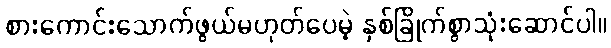
စားကောင်းသောက်ဖွယ်မဟုတ်ပေမဲ့ နှစ်ခြိုက်စွာသုံးဆောင်ပါ။